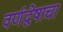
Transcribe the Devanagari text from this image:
वर्णद्वेषाचा